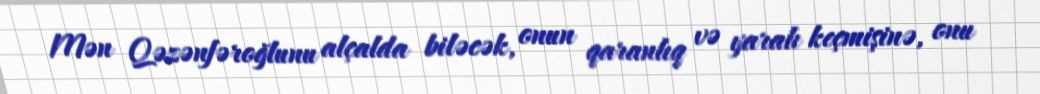
Mən Qəzənfəroğlunu alçalda biləcək, onun qaranlıq və yaralı keçmişinə, onu